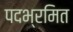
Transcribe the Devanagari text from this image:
पदभ्रमित